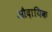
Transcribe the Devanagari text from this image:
औदायिक